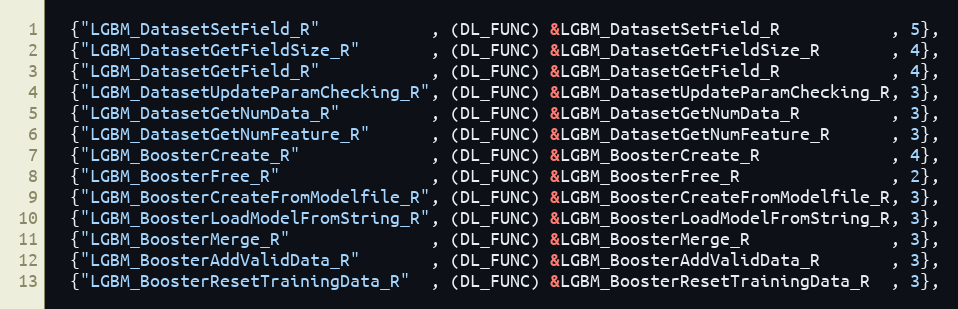
Language: C++
  {"LGBM_DatasetSetField_R"           , (DL_FUNC) &LGBM_DatasetSetField_R           , 5},
  {"LGBM_DatasetGetFieldSize_R"       , (DL_FUNC) &LGBM_DatasetGetFieldSize_R       , 4},
  {"LGBM_DatasetGetField_R"           , (DL_FUNC) &LGBM_DatasetGetField_R           , 4},
  {"LGBM_DatasetUpdateParamChecking_R", (DL_FUNC) &LGBM_DatasetUpdateParamChecking_R, 3},
  {"LGBM_DatasetGetNumData_R"         , (DL_FUNC) &LGBM_DatasetGetNumData_R         , 3},
  {"LGBM_DatasetGetNumFeature_R"      , (DL_FUNC) &LGBM_DatasetGetNumFeature_R      , 3},
  {"LGBM_BoosterCreate_R"             , (DL_FUNC) &LGBM_BoosterCreate_R             , 4},
  {"LGBM_BoosterFree_R"               , (DL_FUNC) &LGBM_BoosterFree_R               , 2},
  {"LGBM_BoosterCreateFromModelfile_R", (DL_FUNC) &LGBM_BoosterCreateFromModelfile_R, 3},
  {"LGBM_BoosterLoadModelFromString_R", (DL_FUNC) &LGBM_BoosterLoadModelFromString_R, 3},
  {"LGBM_BoosterMerge_R"              , (DL_FUNC) &LGBM_BoosterMerge_R              , 3},
  {"LGBM_BoosterAddValidData_R"       , (DL_FUNC) &LGBM_BoosterAddValidData_R       , 3},
  {"LGBM_BoosterResetTrainingData_R"  , (DL_FUNC) &LGBM_BoosterResetTrainingData_R  , 3},